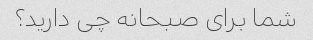
شما برای صبحانه چی دارید؟